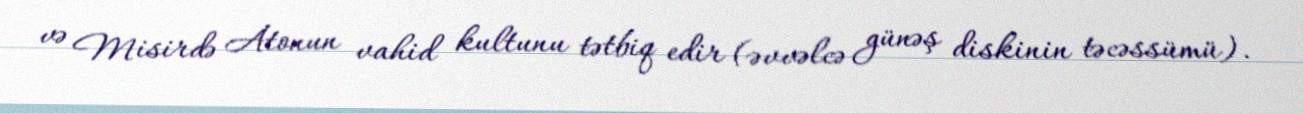
və Misirdə Atonun vahid kultunu tətbiq edir (əvvəlcə günəş diskinin təcəssümü).